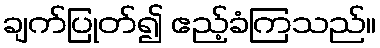
ချက်ပြုတ်၍ ဧည့်ခံကြသည်။